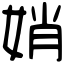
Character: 娋